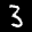
Label: 3